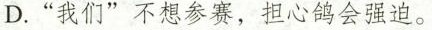
D.“我们”不想参赛，担心鸽会强迫。